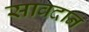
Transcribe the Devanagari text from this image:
सावदान